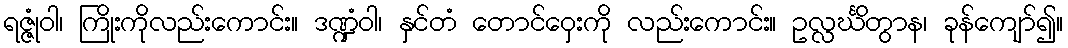
ရဇ္ဇုံဝါ၊ ကြိုးကိုလည်းကောင်း။ ဒဏ္ဍံဝါ၊ နှင်တံ တောင်ဝှေးကို လည်းကောင်း။ ဥလ္လင်္ဃိတွာန၊ ခုန်ကျော်၍။